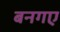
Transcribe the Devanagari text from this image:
बनगए